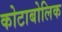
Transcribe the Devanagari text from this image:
कोटाबोलिक